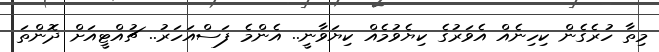
މިތާ ހުރެގެން ކިހިނެއް އެވަރުގެ ކިޔެވުމެއް ކިޔަވާނީ.. އެންމެ ފަސްއަހަރު.. ޗުއްޓީއަށް ދޮންތަ